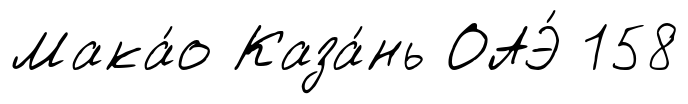
Мака́о Каза́нь ОАЭ́ 158